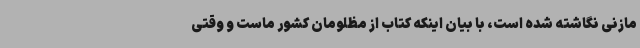
مازنی نگاشته شده است، با بیان اینکه کتاب از مظلومان کشور ماست و وقتی